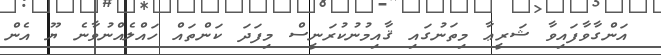
އަންގާވާފައިވާ ޝަރީޢާ މިތަނުގައި ޤާއިމުނުކުރަނީސް މިފަދަ ކަންތައް ހައްލެއްނުވާނެ ޔޫ އެން